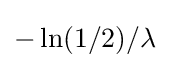
-\ln(1/2)/\lambda